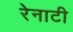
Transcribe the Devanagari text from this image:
रेनाटी